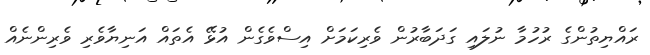
ރައްޔިތުންގެ ރުހުމާ ނުލައި ގަދަބާރުން ވެރިކަމަށް އިސްވެގެން އުޅޭ އެތައް އަނިޔާވެރި ވެރިންނެއް